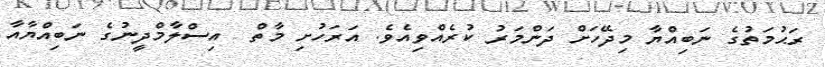
ރަޙުމަތުގެ ނަބިއްޔާ މިދޭހަށް ދަންމަރު ކުރެއްވިއެވެ. އަރަހުށި މާތް  އިސްލާމްދީނުގެ ނަބިއްޔާއާ